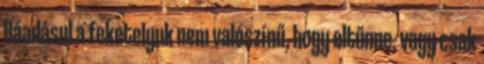
Ráadásul a feketelyuk nem valószínű, hogy eltűnne, vagy csak